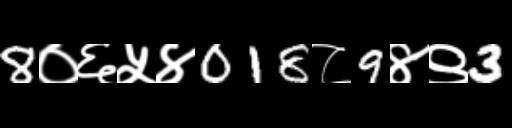
Text: 8०६५४018८9४९3